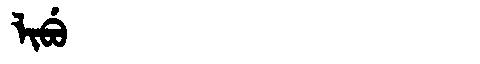
Manchu: ᠯᡳᠪᡠ
Romanization: LIBU